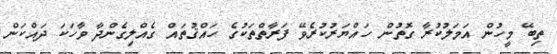
ތިބޭ މީހުން އަމަލުކުރާ ގޮތުން ހައްޔަރުކުރެވޭ ފަރާތްތަކުގެ ހައްޤުތައް ގެއްލިގެންދާ ވާހަކަ ދައްކަން